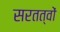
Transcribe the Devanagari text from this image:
सरतत्वों